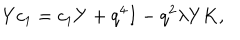
Y c _ { 1 } = c _ { 1 } Y + q ^ { 4 } I - q ^ { 2 } \lambda Y K ,